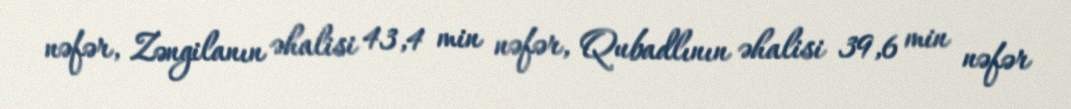
nəfər, Zəngilanın əhalisi 43,4 min nəfər, Qubadlının əhalisi 39,6 min nəfər